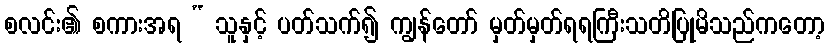
စလင်း၏ စကားအရ “ သူနှင့် ပတ်သက်၍ ကျွန်တော် မှတ်မှတ်ရရကြီးသတိပြုမိသည်ကတော့